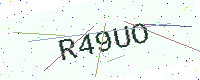
Text: R49UO